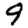
Digit: 9